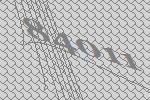
84011